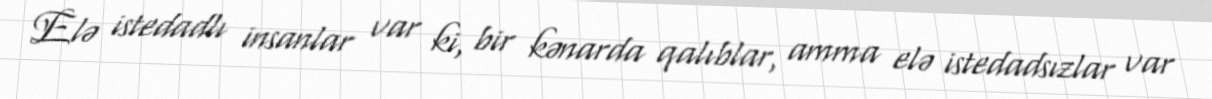
Elə istedadlı insanlar var ki, bir kənarda qalıblar, amma elə istedadsızlar var